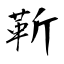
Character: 靳